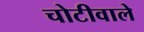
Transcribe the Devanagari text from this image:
चोटीवाले